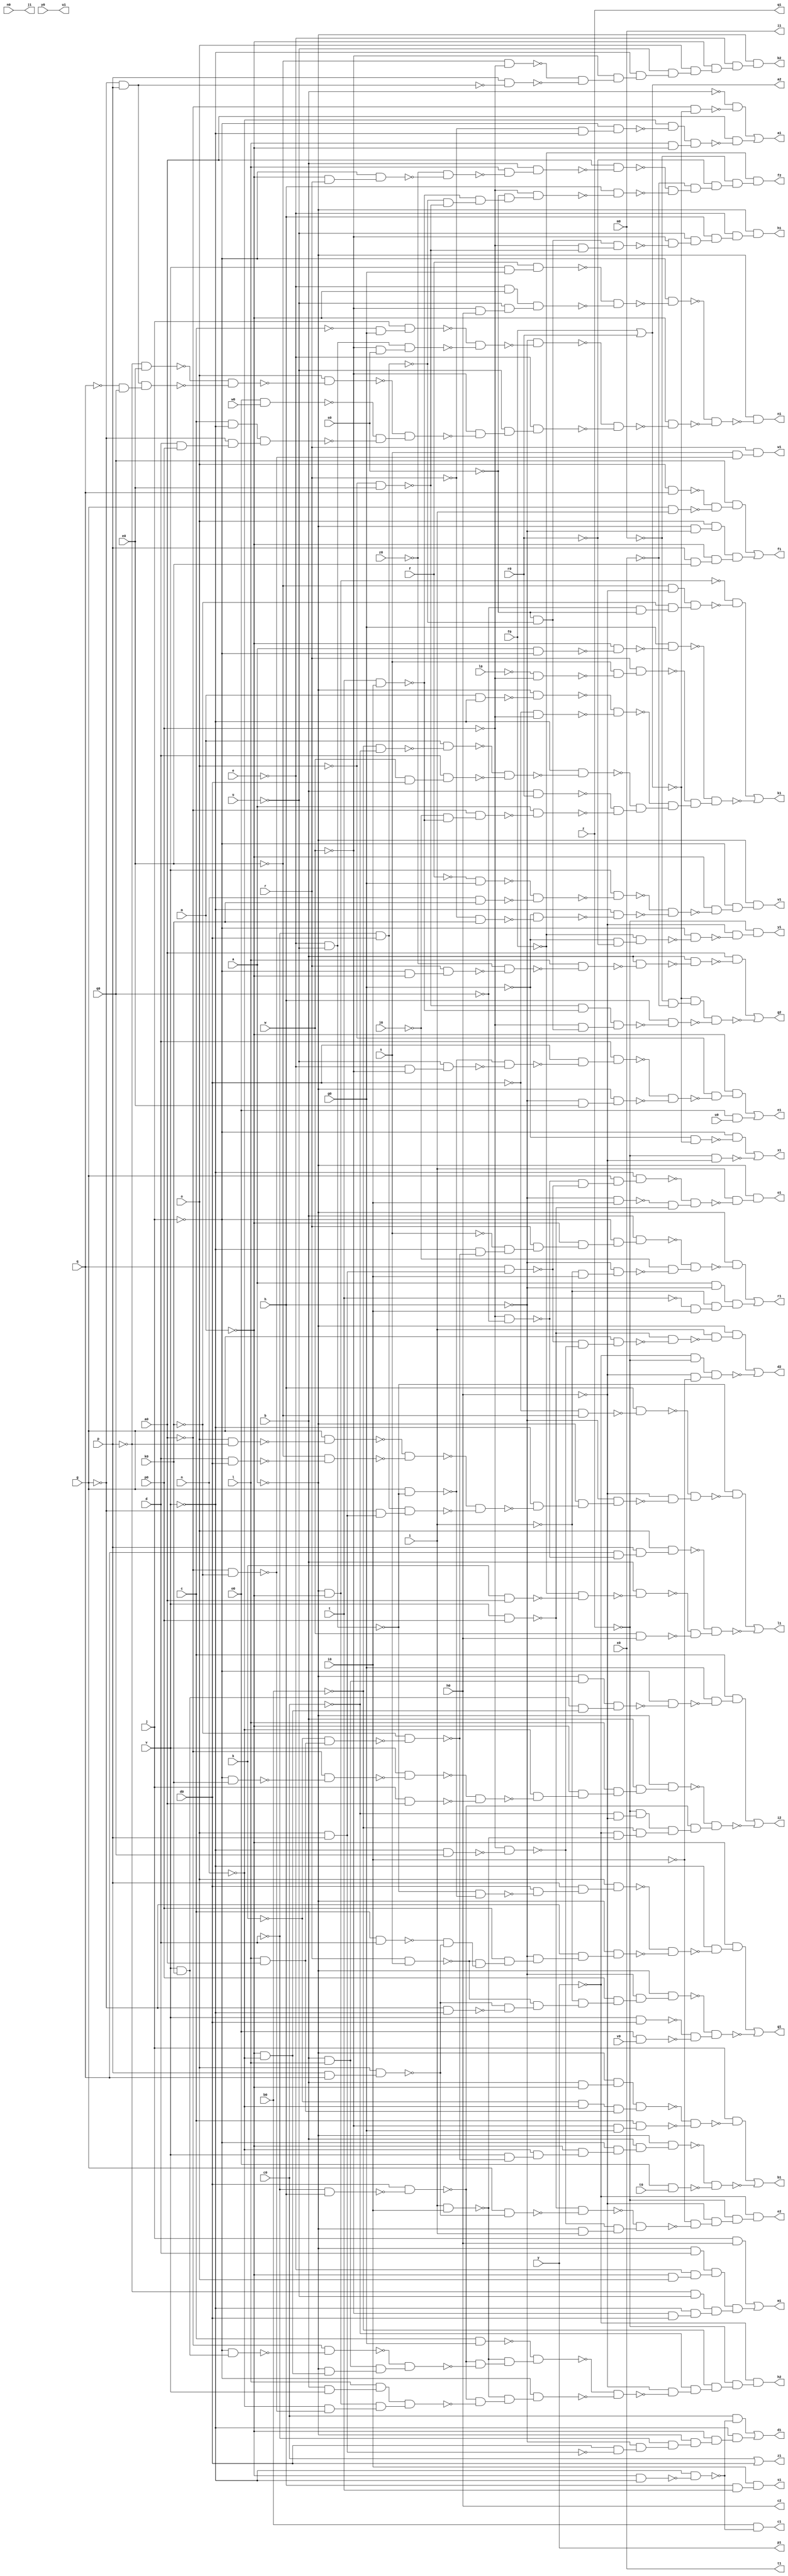
module x1 ( 
    a, b, c, d, e, f, g, h, i, j, k, l, m, n, o, p, q, r, s, t, u, v, w, y,
    z, a0, b0, c0, d0, e0, f0, g0, h0, i0, j0, k0, l0, m0, n0, o0, p0, q0,
    r0, s0, t0, u0, v0, w0, x0, y0, z0,
    a1, b1, c1, d1, e1, f1, g1, h1, i1, j1, k1, l1, m1, n1, o1, p1, q1, r1,
    s1, t1, u1, v1, w1, x1, y1, z1, a2, b2, c2, d2, e2, f2, g2, h2, i2  );
  input  a, b, c, d, e, f, g, h, i, j, k, l, m, n, o, p, q, r, s, t, u,
    v, w, y, z, a0, b0, c0, d0, e0, f0, g0, h0, i0, j0, k0, l0, m0, n0, o0,
    p0, q0, r0, s0, t0, u0, v0, w0, x0, y0, z0;
  output a1, b1, c1, d1, e1, f1, g1, h1, i1, j1, k1, l1, m1, n1, o1, p1, q1,
    r1, s1, t1, u1, v1, w1, x1, y1, z1, a2, b2, c2, d2, e2, f2, g2, h2, i2;
  wire new_n88_, new_n89_, new_n90_, new_n91_, new_n92_, new_n93_, new_n94_,
    new_n95_, new_n97_, new_n98_, new_n99_, new_n100_, new_n101_,
    new_n102_, new_n103_, new_n104_, new_n105_, new_n106_, new_n107_,
    new_n108_, new_n109_, new_n110_, new_n111_, new_n112_, new_n113_,
    new_n114_, new_n115_, new_n116_, new_n118_, new_n119_, new_n121_,
    new_n122_, new_n123_, new_n124_, new_n125_, new_n126_, new_n127_,
    new_n128_, new_n130_, new_n131_, new_n132_, new_n133_, new_n134_,
    new_n135_, new_n136_, new_n137_, new_n138_, new_n139_, new_n140_,
    new_n141_, new_n142_, new_n144_, new_n145_, new_n146_, new_n147_,
    new_n148_, new_n149_, new_n150_, new_n151_, new_n152_, new_n154_,
    new_n155_, new_n156_, new_n157_, new_n158_, new_n159_, new_n160_,
    new_n161_, new_n162_, new_n163_, new_n164_, new_n165_, new_n166_,
    new_n167_, new_n168_, new_n169_, new_n170_, new_n171_, new_n172_,
    new_n173_, new_n174_, new_n175_, new_n176_, new_n177_, new_n178_,
    new_n179_, new_n180_, new_n181_, new_n183_, new_n184_, new_n185_,
    new_n186_, new_n187_, new_n188_, new_n189_, new_n190_, new_n191_,
    new_n193_, new_n194_, new_n195_, new_n196_, new_n197_, new_n198_,
    new_n199_, new_n200_, new_n201_, new_n202_, new_n203_, new_n204_,
    new_n205_, new_n206_, new_n207_, new_n208_, new_n209_, new_n210_,
    new_n211_, new_n212_, new_n213_, new_n214_, new_n215_, new_n216_,
    new_n217_, new_n218_, new_n219_, new_n220_, new_n221_, new_n222_,
    new_n223_, new_n224_, new_n226_, new_n227_, new_n228_, new_n229_,
    new_n230_, new_n231_, new_n232_, new_n233_, new_n234_, new_n235_,
    new_n236_, new_n237_, new_n238_, new_n239_, new_n240_, new_n241_,
    new_n242_, new_n243_, new_n244_, new_n245_, new_n246_, new_n247_,
    new_n248_, new_n249_, new_n250_, new_n251_, new_n253_, new_n254_,
    new_n255_, new_n256_, new_n257_, new_n258_, new_n259_, new_n260_,
    new_n261_, new_n262_, new_n264_, new_n265_, new_n266_, new_n267_,
    new_n268_, new_n269_, new_n270_, new_n271_, new_n272_, new_n273_,
    new_n274_, new_n275_, new_n276_, new_n277_, new_n278_, new_n279_,
    new_n280_, new_n281_, new_n282_, new_n283_, new_n284_, new_n285_,
    new_n286_, new_n287_, new_n288_, new_n289_, new_n290_, new_n291_,
    new_n292_, new_n293_, new_n294_, new_n295_, new_n296_, new_n298_,
    new_n299_, new_n300_, new_n301_, new_n302_, new_n303_, new_n304_,
    new_n305_, new_n306_, new_n308_, new_n309_, new_n310_, new_n311_,
    new_n312_, new_n313_, new_n314_, new_n315_, new_n316_, new_n317_,
    new_n318_, new_n319_, new_n320_, new_n321_, new_n322_, new_n324_,
    new_n326_, new_n327_, new_n328_, new_n329_, new_n330_, new_n331_,
    new_n332_, new_n333_, new_n334_, new_n335_, new_n337_, new_n338_,
    new_n340_, new_n341_, new_n342_, new_n344_, new_n345_, new_n346_,
    new_n347_, new_n350_, new_n351_, new_n352_, new_n353_, new_n354_,
    new_n355_, new_n356_, new_n357_, new_n358_, new_n360_, new_n361_,
    new_n362_, new_n363_, new_n364_, new_n365_, new_n366_, new_n367_,
    new_n368_, new_n369_, new_n371_, new_n372_, new_n373_, new_n374_,
    new_n375_, new_n376_, new_n377_, new_n378_, new_n380_, new_n381_,
    new_n382_, new_n383_, new_n384_, new_n385_, new_n386_, new_n387_,
    new_n388_, new_n389_, new_n390_, new_n391_, new_n392_, new_n393_,
    new_n394_, new_n396_, new_n397_, new_n398_, new_n399_, new_n400_,
    new_n401_, new_n402_, new_n403_, new_n404_, new_n405_, new_n406_,
    new_n407_, new_n408_, new_n409_, new_n411_, new_n412_, new_n413_,
    new_n414_, new_n415_, new_n416_, new_n417_, new_n418_, new_n419_,
    new_n420_, new_n421_, new_n422_, new_n423_, new_n424_, new_n425_,
    new_n426_, new_n427_, new_n428_, new_n429_, new_n430_, new_n431_,
    new_n432_, new_n433_, new_n434_, new_n435_, new_n436_, new_n437_,
    new_n438_, new_n440_, new_n441_, new_n442_, new_n443_, new_n444_,
    new_n445_, new_n446_, new_n447_, new_n448_, new_n449_, new_n450_,
    new_n451_, new_n452_, new_n453_, new_n454_, new_n455_, new_n456_,
    new_n457_, new_n458_, new_n459_, new_n460_, new_n461_, new_n462_;
  assign a2 = f0 | r0;
  assign new_n88_ = ~a0 & ~a2;
  assign new_n89_ = ~b & ~new_n88_;
  assign new_n90_ = ~r & ~v;
  assign new_n91_ = ~j & new_n90_;
  assign new_n92_ = ~n & ~new_n91_;
  assign new_n93_ = l & ~m;
  assign new_n94_ = new_n92_ & new_n93_;
  assign new_n95_ = a0 & ~new_n94_;
  assign a1 = new_n89_ | new_n95_;
  assign new_n97_ = b & ~m;
  assign new_n98_ = ~a & new_n97_;
  assign new_n99_ = ~k & ~n;
  assign new_n100_ = l & a0;
  assign new_n101_ = new_n99_ & new_n100_;
  assign new_n102_ = new_n98_ & new_n101_;
  assign new_n103_ = ~w & g0;
  assign new_n104_ = c & new_n103_;
  assign new_n105_ = ~new_n102_ & ~new_n104_;
  assign new_n106_ = j & ~new_n105_;
  assign new_n107_ = ~k & new_n100_;
  assign new_n108_ = ~k0 & ~new_n107_;
  assign new_n109_ = v & ~new_n108_;
  assign new_n110_ = ~n & new_n109_;
  assign new_n111_ = ~m & new_n110_;
  assign new_n112_ = ~j & new_n111_;
  assign new_n113_ = b & new_n112_;
  assign new_n114_ = ~a & new_n113_;
  assign new_n115_ = o0 & t0;
  assign new_n116_ = ~new_n114_ & ~new_n115_;
  assign b1 = new_n106_ | ~new_n116_;
  assign new_n118_ = ~m & ~v;
  assign new_n119_ = ~v & ~new_n118_;
  assign c1 = b0 & ~new_n119_;
  assign new_n121_ = c0 & ~new_n119_;
  assign new_n122_ = o & p;
  assign new_n123_ = d0 & ~new_n122_;
  assign new_n124_ = ~h & new_n123_;
  assign new_n125_ = ~d & new_n124_;
  assign new_n126_ = ~a & new_n125_;
  assign new_n127_ = ~m & new_n126_;
  assign new_n128_ = ~v & new_n127_;
  assign d1 = new_n121_ | new_n128_;
  assign new_n130_ = ~e & ~u;
  assign new_n131_ = g & ~new_n130_;
  assign new_n132_ = ~e & ~w;
  assign new_n133_ = ~u & new_n132_;
  assign new_n134_ = ~new_n131_ & ~new_n133_;
  assign new_n135_ = d0 & ~new_n134_;
  assign new_n136_ = d & new_n135_;
  assign new_n137_ = ~h & e0;
  assign new_n138_ = ~a & new_n137_;
  assign new_n139_ = ~new_n136_ & ~new_n138_;
  assign new_n140_ = ~o & ~new_n139_;
  assign new_n141_ = ~m & new_n140_;
  assign new_n142_ = o0 & u0;
  assign e1 = new_n141_ | new_n142_;
  assign new_n144_ = o & q;
  assign new_n145_ = g & i;
  assign new_n146_ = ~new_n144_ & ~new_n145_;
  assign new_n147_ = q0 & new_n146_;
  assign new_n148_ = ~a & ~h;
  assign new_n149_ = o & new_n148_;
  assign new_n150_ = p & e0;
  assign new_n151_ = ~m & new_n150_;
  assign new_n152_ = new_n149_ & new_n151_;
  assign f1 = new_n147_ | new_n152_;
  assign new_n154_ = ~new_n130_ & ~new_n131_;
  assign new_n155_ = d0 & ~new_n154_;
  assign new_n156_ = p & new_n155_;
  assign new_n157_ = o & new_n156_;
  assign new_n158_ = r & s;
  assign new_n159_ = c & d;
  assign new_n160_ = p & q;
  assign new_n161_ = o & new_n160_;
  assign new_n162_ = ~new_n159_ & ~new_n161_;
  assign new_n163_ = ~new_n158_ & new_n162_;
  assign new_n164_ = p0 & new_n163_;
  assign new_n165_ = ~h & new_n164_;
  assign new_n166_ = ~g & new_n165_;
  assign new_n167_ = ~a & new_n166_;
  assign new_n168_ = ~new_n157_ & ~new_n167_;
  assign new_n169_ = ~v & ~new_n168_;
  assign new_n170_ = ~m & new_n169_;
  assign new_n171_ = ~g & ~v;
  assign new_n172_ = ~new_n161_ & ~new_n171_;
  assign new_n173_ = ~new_n158_ & new_n172_;
  assign new_n174_ = ~i & new_n173_;
  assign new_n175_ = p0 & new_n174_;
  assign new_n176_ = ~h & new_n175_;
  assign new_n177_ = ~a & new_n176_;
  assign new_n178_ = v & d0;
  assign new_n179_ = o0 & v0;
  assign new_n180_ = ~new_n178_ & ~new_n179_;
  assign new_n181_ = ~new_n177_ & new_n180_;
  assign g1 = new_n170_ | ~new_n181_;
  assign new_n183_ = ~d & d0;
  assign new_n184_ = ~s0 & ~new_n183_;
  assign new_n185_ = ~o & e0;
  assign new_n186_ = ~p0 & ~new_n185_;
  assign new_n187_ = new_n184_ & new_n186_;
  assign new_n188_ = ~w & ~new_n187_;
  assign new_n189_ = ~u & new_n188_;
  assign new_n190_ = h & new_n189_;
  assign new_n191_ = ~e & new_n190_;
  assign h1 = ~a & new_n191_;
  assign new_n193_ = ~a & ~m;
  assign new_n194_ = ~e0 & ~h0;
  assign new_n195_ = ~q0 & ~s0;
  assign new_n196_ = ~k0 & new_n195_;
  assign new_n197_ = new_n194_ & new_n196_;
  assign new_n198_ = ~new_n193_ & ~new_n197_;
  assign new_n199_ = a & ~j;
  assign new_n200_ = ~m & ~new_n199_;
  assign new_n201_ = g0 & ~new_n200_;
  assign new_n202_ = ~l0 & ~p0;
  assign new_n203_ = s & ~new_n202_;
  assign new_n204_ = r & new_n203_;
  assign new_n205_ = m & ~v;
  assign new_n206_ = ~a & ~new_n205_;
  assign new_n207_ = ~d0 & ~p0;
  assign new_n208_ = ~new_n206_ & ~new_n207_;
  assign new_n209_ = ~b0 & ~c0;
  assign new_n210_ = m & ~new_n209_;
  assign new_n211_ = w & d0;
  assign new_n212_ = d & new_n211_;
  assign new_n213_ = ~new_n210_ & ~new_n212_;
  assign new_n214_ = ~v & ~new_n213_;
  assign new_n215_ = b & r0;
  assign new_n216_ = t & i0;
  assign new_n217_ = ~j0 & ~new_n216_;
  assign new_n218_ = ~a0 & new_n217_;
  assign new_n219_ = a & ~new_n218_;
  assign new_n220_ = ~new_n215_ & ~new_n219_;
  assign new_n221_ = ~new_n214_ & new_n220_;
  assign new_n222_ = ~new_n208_ & new_n221_;
  assign new_n223_ = ~new_n204_ & new_n222_;
  assign new_n224_ = ~new_n201_ & new_n223_;
  assign k1 = new_n198_ | ~new_n224_;
  assign new_n226_ = ~d0 & ~e0;
  assign new_n227_ = h & ~new_n226_;
  assign new_n228_ = o & ~p;
  assign new_n229_ = g & ~new_n228_;
  assign new_n230_ = d & d0;
  assign new_n231_ = ~e0 & ~new_n230_;
  assign new_n232_ = ~new_n229_ & ~new_n231_;
  assign new_n233_ = ~g & new_n122_;
  assign new_n234_ = new_n183_ & new_n233_;
  assign new_n235_ = ~new_n232_ & ~new_n234_;
  assign new_n236_ = ~v & ~new_n235_;
  assign new_n237_ = ~a & new_n236_;
  assign new_n238_ = ~h & new_n237_;
  assign new_n239_ = ~h0 & ~new_n238_;
  assign new_n240_ = ~new_n227_ & new_n239_;
  assign new_n241_ = ~new_n130_ & ~new_n240_;
  assign new_n242_ = ~p0 & ~q0;
  assign new_n243_ = q & ~new_n242_;
  assign new_n244_ = p & new_n243_;
  assign new_n245_ = o & new_n244_;
  assign new_n246_ = k & a0;
  assign new_n247_ = ~f0 & ~new_n246_;
  assign new_n248_ = b & ~new_n247_;
  assign new_n249_ = w & h0;
  assign new_n250_ = ~new_n248_ & ~new_n249_;
  assign new_n251_ = ~new_n245_ & new_n250_;
  assign l1 = new_n241_ | ~new_n251_;
  assign new_n253_ = j & h0;
  assign new_n254_ = ~a & d;
  assign new_n255_ = ~m & o;
  assign new_n256_ = ~e & new_n255_;
  assign new_n257_ = new_n254_ & new_n256_;
  assign new_n258_ = ~p & ~u;
  assign new_n259_ = ~w & d0;
  assign new_n260_ = ~v & new_n259_;
  assign new_n261_ = new_n258_ & new_n260_;
  assign new_n262_ = new_n257_ & new_n261_;
  assign m1 = new_n253_ | new_n262_;
  assign new_n264_ = v & g0;
  assign new_n265_ = f & new_n264_;
  assign new_n266_ = ~e & ~m;
  assign new_n267_ = ~w & h0;
  assign new_n268_ = ~u & new_n267_;
  assign new_n269_ = new_n266_ & new_n268_;
  assign new_n270_ = ~new_n265_ & ~new_n269_;
  assign new_n271_ = ~j & ~new_n270_;
  assign new_n272_ = ~c & g0;
  assign new_n273_ = j & new_n272_;
  assign new_n274_ = ~w & s0;
  assign new_n275_ = new_n130_ & new_n274_;
  assign new_n276_ = ~new_n273_ & ~new_n275_;
  assign new_n277_ = ~h & ~new_n276_;
  assign new_n278_ = ~p & e0;
  assign new_n279_ = ~g & p;
  assign new_n280_ = ~q & q0;
  assign new_n281_ = new_n279_ & new_n280_;
  assign new_n282_ = ~new_n278_ & ~new_n281_;
  assign new_n283_ = o & ~new_n282_;
  assign new_n284_ = o0 & w0;
  assign new_n285_ = c & ~v;
  assign new_n286_ = d & p0;
  assign new_n287_ = ~g & new_n286_;
  assign new_n288_ = new_n285_ & new_n287_;
  assign new_n289_ = ~new_n284_ & ~new_n288_;
  assign new_n290_ = ~new_n283_ & new_n289_;
  assign new_n291_ = ~w & ~new_n290_;
  assign new_n292_ = ~u & new_n291_;
  assign new_n293_ = ~e & new_n292_;
  assign new_n294_ = ~new_n277_ & ~new_n293_;
  assign new_n295_ = ~m & ~new_n294_;
  assign new_n296_ = ~new_n271_ & ~new_n295_;
  assign n1 = ~a & ~new_n296_;
  assign new_n298_ = q & new_n122_;
  assign new_n299_ = ~new_n242_ & ~new_n298_;
  assign new_n300_ = g & new_n299_;
  assign new_n301_ = ~v & new_n300_;
  assign new_n302_ = ~h & i0;
  assign new_n303_ = v & p0;
  assign new_n304_ = ~new_n302_ & ~new_n303_;
  assign new_n305_ = ~new_n301_ & new_n304_;
  assign new_n306_ = i & ~new_n305_;
  assign o1 = ~a & new_n306_;
  assign new_n308_ = ~v & ~new_n108_;
  assign new_n309_ = ~s & new_n308_;
  assign new_n310_ = r & new_n309_;
  assign new_n311_ = ~m & new_n310_;
  assign new_n312_ = ~j & new_n311_;
  assign new_n313_ = b & new_n312_;
  assign new_n314_ = ~i & i0;
  assign new_n315_ = ~h & new_n314_;
  assign new_n316_ = ~j0 & ~new_n315_;
  assign new_n317_ = ~new_n313_ & new_n316_;
  assign new_n318_ = ~a & ~new_n317_;
  assign new_n319_ = a & ~h;
  assign new_n320_ = ~t & i0;
  assign new_n321_ = ~i & new_n320_;
  assign new_n322_ = new_n319_ & new_n321_;
  assign r1 = new_n318_ | new_n322_;
  assign new_n324_ = h & t;
  assign s1 = i0 & new_n324_;
  assign new_n326_ = ~f & g0;
  assign new_n327_ = n & k0;
  assign new_n328_ = ~new_n326_ & ~new_n327_;
  assign new_n329_ = v & ~new_n328_;
  assign new_n330_ = ~r & k0;
  assign new_n331_ = ~g0 & ~new_n330_;
  assign new_n332_ = ~v & ~new_n331_;
  assign new_n333_ = ~new_n329_ & ~new_n332_;
  assign new_n334_ = ~m & ~new_n333_;
  assign new_n335_ = ~j & new_n334_;
  assign v1 = ~a & new_n335_;
  assign new_n337_ = ~a0 & ~k0;
  assign new_n338_ = s & ~new_n337_;
  assign w1 = r & new_n338_;
  assign new_n340_ = ~g0 & ~a2;
  assign new_n341_ = ~j & ~new_n340_;
  assign new_n342_ = ~z & ~h0;
  assign x1 = new_n341_ | ~new_n342_;
  assign new_n344_ = ~g0 & ~r0;
  assign new_n345_ = ~f0 & new_n344_;
  assign new_n346_ = ~j & ~new_n345_;
  assign new_n347_ = ~h0 & ~new_n346_;
  assign y1 = ~z & new_n347_;
  assign z1 = c0 | d0;
  assign new_n350_ = ~e0 & ~p0;
  assign new_n351_ = p & ~new_n279_;
  assign new_n352_ = ~new_n350_ & ~new_n351_;
  assign new_n353_ = ~w & new_n352_;
  assign new_n354_ = ~v & new_n353_;
  assign new_n355_ = ~u & new_n354_;
  assign new_n356_ = o & new_n355_;
  assign new_n357_ = ~m & new_n356_;
  assign new_n358_ = ~e & new_n357_;
  assign b2 = ~a & new_n358_;
  assign new_n360_ = ~v & q0;
  assign new_n361_ = ~p0 & ~new_n360_;
  assign new_n362_ = ~new_n298_ & ~new_n361_;
  assign new_n363_ = g & new_n362_;
  assign new_n364_ = ~new_n303_ & ~new_n363_;
  assign new_n365_ = i & ~new_n364_;
  assign new_n366_ = ~a & new_n365_;
  assign new_n367_ = ~y & ~z;
  assign new_n368_ = ~h0 & ~i0;
  assign new_n369_ = new_n367_ & new_n368_;
  assign d2 = new_n366_ | ~new_n369_;
  assign new_n371_ = g & ~new_n161_;
  assign new_n372_ = ~new_n303_ & ~new_n371_;
  assign new_n373_ = ~a & i;
  assign new_n374_ = ~new_n361_ & new_n373_;
  assign new_n375_ = ~new_n372_ & new_n374_;
  assign new_n376_ = ~i0 & ~new_n375_;
  assign new_n377_ = ~h0 & new_n376_;
  assign new_n378_ = ~z & new_n377_;
  assign e2 = ~y & new_n378_;
  assign new_n380_ = ~m & r;
  assign new_n381_ = ~j & new_n380_;
  assign new_n382_ = ~z0 & ~new_n381_;
  assign new_n383_ = l & ~new_n382_;
  assign new_n384_ = b & new_n383_;
  assign new_n385_ = a0 & ~new_n384_;
  assign new_n386_ = ~new_n183_ & ~new_n185_;
  assign new_n387_ = ~new_n216_ & new_n386_;
  assign new_n388_ = ~s0 & new_n387_;
  assign new_n389_ = ~p0 & new_n388_;
  assign new_n390_ = h & ~new_n389_;
  assign new_n391_ = ~new_n385_ & ~new_n390_;
  assign new_n392_ = ~x0 & new_n391_;
  assign new_n393_ = ~r0 & new_n392_;
  assign new_n394_ = ~m0 & new_n393_;
  assign f2 = ~f0 & new_n394_;
  assign new_n396_ = ~j & ~m;
  assign new_n397_ = r & new_n396_;
  assign new_n398_ = ~z0 & ~new_n397_;
  assign new_n399_ = l & ~new_n398_;
  assign new_n400_ = b & ~new_n399_;
  assign new_n401_ = b & ~new_n400_;
  assign new_n402_ = a0 & ~new_n401_;
  assign new_n403_ = ~m0 & ~x0;
  assign new_n404_ = ~a2 & new_n403_;
  assign new_n405_ = ~new_n185_ & ~new_n216_;
  assign new_n406_ = ~p0 & new_n184_;
  assign new_n407_ = new_n405_ & new_n406_;
  assign new_n408_ = h & ~new_n407_;
  assign new_n409_ = new_n404_ & ~new_n408_;
  assign g2 = new_n402_ | ~new_n409_;
  assign new_n411_ = c & g0;
  assign new_n412_ = i & i0;
  assign new_n413_ = ~d & h;
  assign new_n414_ = d0 & ~new_n413_;
  assign new_n415_ = v & k0;
  assign new_n416_ = ~j & new_n415_;
  assign new_n417_ = ~a0 & ~new_n416_;
  assign new_n418_ = b & l;
  assign new_n419_ = ~m & ~n;
  assign new_n420_ = ~a & new_n419_;
  assign new_n421_ = new_n418_ & new_n420_;
  assign new_n422_ = ~new_n417_ & new_n421_;
  assign new_n423_ = ~new_n414_ & ~new_n422_;
  assign new_n424_ = ~new_n412_ & new_n423_;
  assign new_n425_ = ~new_n411_ & new_n424_;
  assign new_n426_ = b & v;
  assign new_n427_ = l & new_n426_;
  assign new_n428_ = ~n & ~new_n337_;
  assign new_n429_ = new_n193_ & new_n428_;
  assign new_n430_ = new_n427_ & new_n429_;
  assign new_n431_ = ~new_n414_ & ~new_n430_;
  assign new_n432_ = ~new_n412_ & new_n431_;
  assign new_n433_ = ~j & new_n432_;
  assign new_n434_ = ~new_n425_ & ~new_n433_;
  assign new_n435_ = ~h0 & ~new_n434_;
  assign new_n436_ = ~c0 & new_n435_;
  assign new_n437_ = ~b0 & new_n436_;
  assign new_n438_ = ~z & new_n437_;
  assign h2 = ~y & new_n438_;
  assign new_n440_ = ~a & new_n418_;
  assign new_n441_ = new_n415_ & new_n419_;
  assign new_n442_ = new_n440_ & new_n441_;
  assign new_n443_ = ~j & ~new_n442_;
  assign new_n444_ = g0 & ~new_n443_;
  assign new_n445_ = c & new_n444_;
  assign new_n446_ = ~j & k0;
  assign new_n447_ = ~a0 & ~new_n446_;
  assign new_n448_ = v & ~new_n447_;
  assign new_n449_ = j & a0;
  assign new_n450_ = ~new_n448_ & ~new_n449_;
  assign new_n451_ = ~n & ~new_n450_;
  assign new_n452_ = ~m & new_n451_;
  assign new_n453_ = l & new_n452_;
  assign new_n454_ = b & new_n453_;
  assign new_n455_ = ~a & new_n454_;
  assign new_n456_ = ~c0 & ~h0;
  assign new_n457_ = ~z & new_n456_;
  assign new_n458_ = ~y & ~new_n412_;
  assign new_n459_ = ~b0 & new_n458_;
  assign new_n460_ = new_n457_ & new_n459_;
  assign new_n461_ = ~new_n414_ & new_n460_;
  assign new_n462_ = ~new_n455_ & new_n461_;
  assign i2 = new_n445_ | ~new_n462_;
  assign i1 = m0;
  assign j1 = n0;
  assign p1 = y;
  assign q1 = z;
  assign t1 = x0;
  assign u1 = y0;
  assign c2 = h0;
endmodule